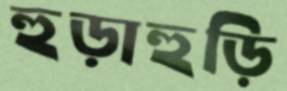
হুড়াহুড়ি